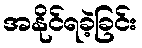
အနိုင်ရခဲ့ခြင်း